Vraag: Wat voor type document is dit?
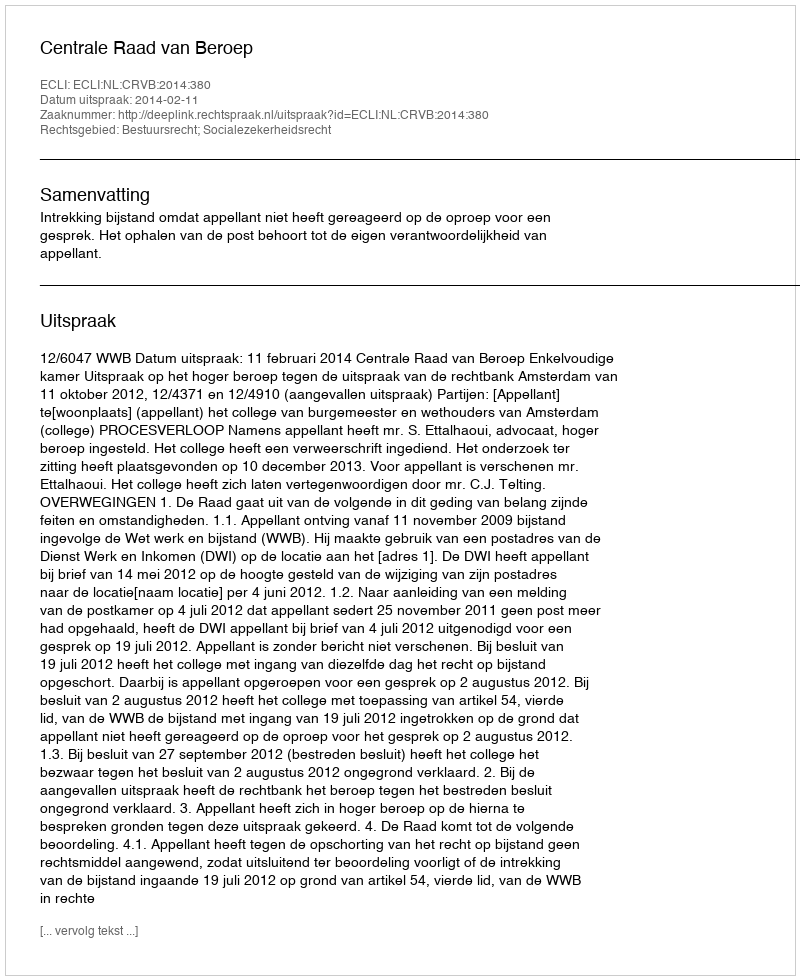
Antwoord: Uitspraak